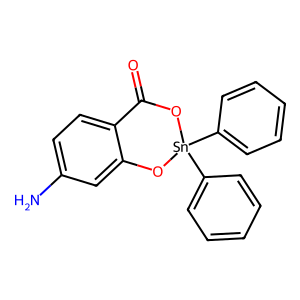
SMILES: Nc1ccc2c(c1)O[Sn](c1ccccc1)(c1ccccc1)OC2=O
Inhibits HIV replication: No